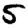
Digit: 5